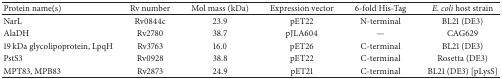
| Protein name(s) | Rv number | Mol mass (kDa) | Expression vector | 6-fold His-Tag | E. coli host strain |
 | --- | --- | --- | --- | --- | --- |
 | NarL | Rv0844c | 23.9 | pET22 | N-terminal | BL21 (DE3) |
 | AlaDH | Rv2780 | 38.7 | pJLA604 | — | CAG629 |
 | 19 kDa glycolipoprotein, LpqH | Rv3763 | 16.0 | pET26 | C-terminal | BL21 (DE3) |
 | PstS3 | Rv0928 | 38.8 | pET22 | C-terminal | Rosetta (DE3) |
 | MPT83, MPB83 | Rv2873 | 24.9 | pET21 | C-terminal | BL21 (DE3) [pLysS] |